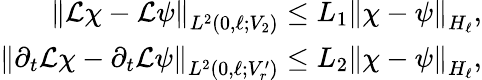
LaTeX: \begin{array}{r}{\left\lVert{\mathcal{L}}\chi-{\mathcal{L}}\psi\right\rVert_{L^{2}(0,\ell;V_{2})}\leq L_{1}\left\lVert\chi-\psi\right\rVert_{H_{\ell}},}\\ {\left\lVert\partial_{t}{\mathcal{L}}\chi-\partial_{t}{\mathcal{L}}\psi\right\rVert_{L^{2}(0,\ell;V_{r}^{\prime})}\leq L_{2}\left\lVert\chi-\psi\right\rVert_{H_{\ell}},}\end{array}